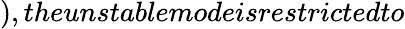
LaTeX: ),theunstablemodeisrestrictedto